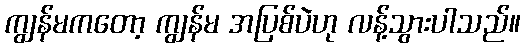
ကျွန်မကတော့ ကျွန်မ အပြစ်ပဲဟု လန့်သွားပါသည်။